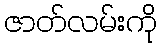
ဇာတ်လမ်းကို